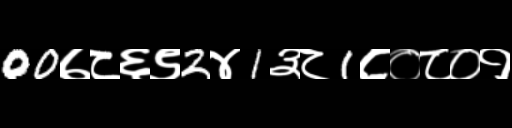
Text: 00७८६९2४1३८1८०८०१